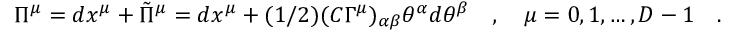
\Pi ^ { \mu } = d x ^ { \mu } + { \tilde { \Pi } } ^ { \mu } = d x ^ { \mu } + ( 1 / 2 ) ( C \Gamma ^ { \mu } ) _ { \alpha \beta } \theta ^ { \alpha } d \theta ^ { \beta } \quad , \quad \mu = 0 , 1 , \dots , D - 1 \quad .